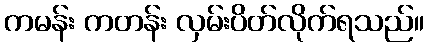
ကမန်း ကတန်း လှမ်းပိတ်လိုက်ရသည်။